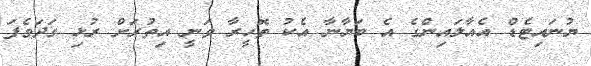
ޔުނައިޓެޑް އެއާލައިންގެ އެ ބަޔާނާ އެކު ތޮހީރާ ވަނީ އިތުރަށް ރުޅި ގަދަވެފަ